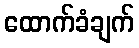
ထောက်ခံချက်